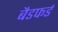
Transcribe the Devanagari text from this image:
बैडफर्ड